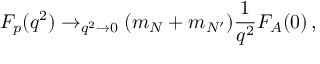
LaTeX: F _ { p } ( q ^ { 2 } ) \to _ { q ^ { 2 } \rightarrow 0 } ( m _ { N } + m _ { N ^ { \prime } } ) \frac { 1 } { q ^ { 2 } } F _ { A } ( 0 ) \, ,